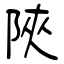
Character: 陝